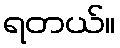
ရတယ်။